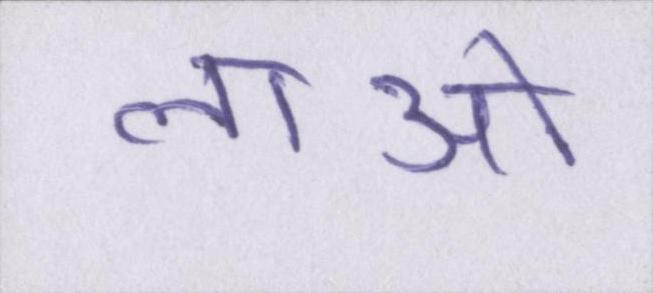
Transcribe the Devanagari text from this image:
लाओ